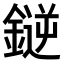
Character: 𫒼